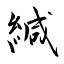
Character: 緘